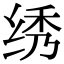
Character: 绣